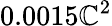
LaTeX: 0.0015\mathbb{C}^{2}